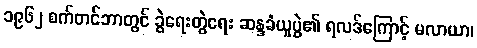
၁၉၆၂ စက်တင်ဘာတွင် ခွဲရေးတွဲရေး ဆန္ဒခံယူပွဲ၏ ရလဒ်ကြောင့် မလာယာ၊